Vaccine operations Central Provinces & Berar 1922-1929 - 1922-1929
Year: 1922
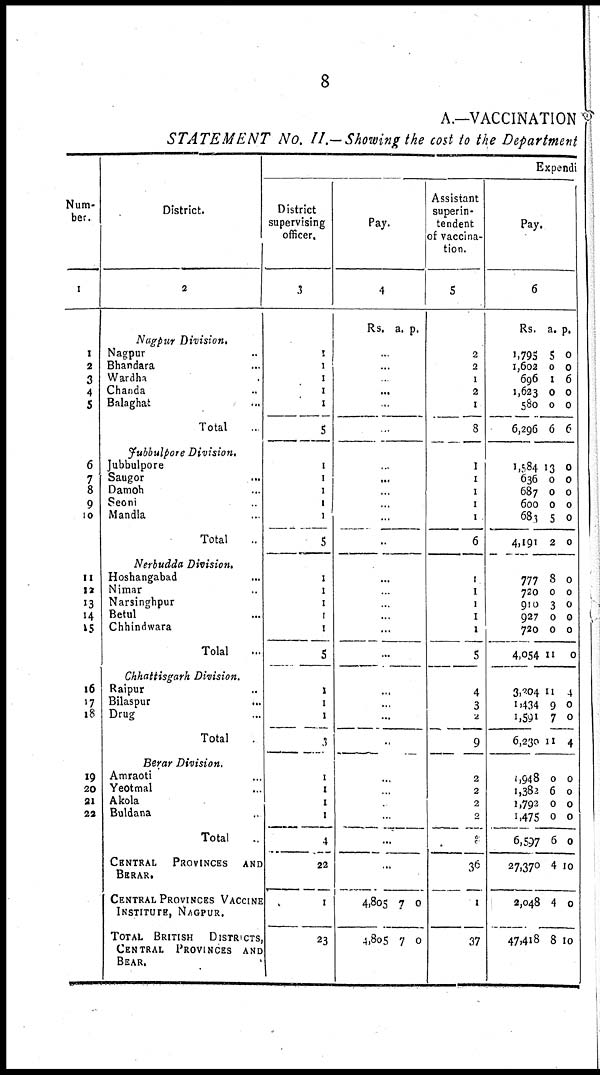
8
A.—VACCINATION
STATEMENT No. II.-Showing the cost to the Department
Num-
ber.
1
1
2
3
4
5
6
7
8
9
10
11
12
13
14
15
16
17
18
19
20
21
22
District.
2
Nagpur Division.
Nagpur..
Bhandara...
Wardha...
Chanda...
Balaghat...
Total.
Jubbulpore Division.
Jubbulpore
Saugor...
Damoh...
Seoni..
Mandla...
Total..
Nerbudda Division.
Hoshangabad...
Nimar...
Narsinghpur...
Betul...
Chhindwara...
Total...
Chhattisgarh Division.
Raipur...
Bilaspur...
Drug...
Total.
Berar Division.
Amraoti...
Yeotmal...
Akola...
Buldana...
Total..
CENTRAL PROVINCES AND
BERAR.
CENTRAL PROVINCES VACCINE
INSTITUTE, NAGPUR.
TOTAL BRITISH DISTRICTS
CENTRAL PROVINCES AND
BERAR
Expendi
District
supervising
officer.
3
1
1
1
1
1
5
1
1
1
1
1
5
1
1
1
1
1
5
1
1
1
3
1
1
1
1
4
22
1
23
Pay.
4
Rs. a. p.
..
...
...
...
.
..
...
...
...
...
..
...
...
...
...
...
...
...
...
...
..
...
..
.
..
...
...
4,805
4,805
7
7
0
0
Assistant
superin-
tendent
of vaccina-
tion.
5
2
2
1
2
1
8
1
1
1
1
1
6
1
1
1
1
1
5
4
3
2
9
2
2
2
2
8
36
I
37
Pay.
6
Rs.
1,795
1,602
696
1,623
580
6,296
1,584
636
687
600
683
4,191
777
720
910
927
720
4,054
3,204
1,434
1,591
6,230
1,948
1,382
1,792
1,475
6,597
27,370
2,048
47,418
a.
5
0
1
0
0
6
13
0
0
0
5
2
8
0
3
0
0
11
11
9
7
11
0
6
0
0
6
4
4
8
p.
0
0
6
0
0
6
0
0
0
0
0
0
0
0
0
0
0
0
4
0
0
4
0
0
0
0
0
10
0
10